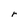
Character: r